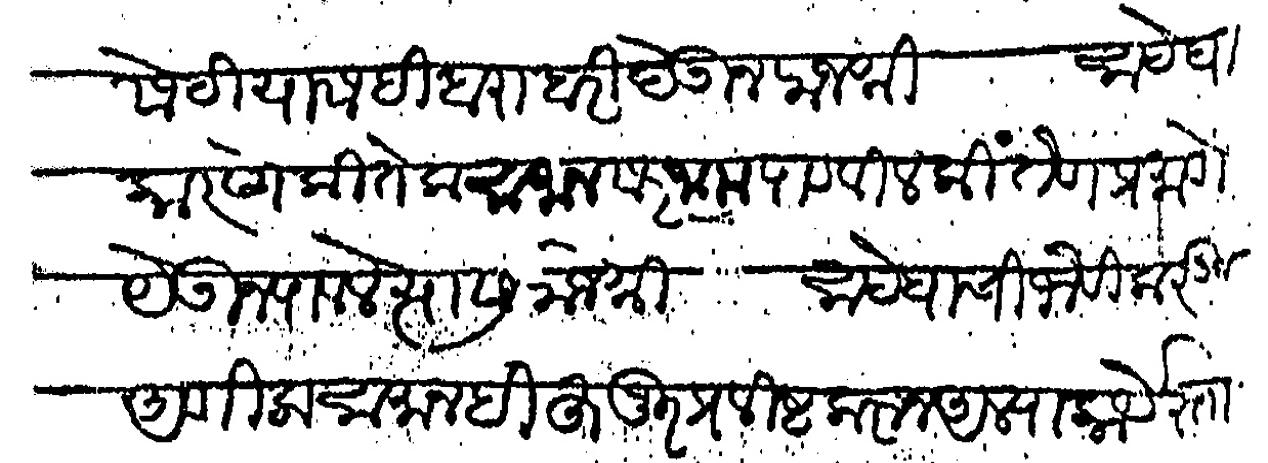
Transliteration (Devanagari): सेटी यासही बराबरी देऊन राजश्री साहेबा कारणे कितेक सामान सरजाम पाठवीत की तेण प्रमाणे येऊन पावले त्यास राजश्री साहेबाची भेटी करऊन आणीक सामानही हुजुर प्रविष्ट करून आल्या कार्येस्तास